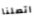
اتصلنا